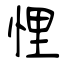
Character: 悝